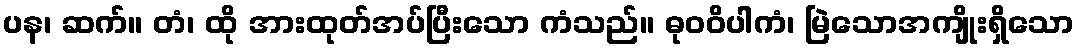
ပန၊ ဆက်။ တံ၊ ထို အားထုတ်အပ်ပြီးသော ကံသည်။ ဓုဝဝိပါကံ၊ မြဲသောအကျိုးရှိသော